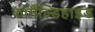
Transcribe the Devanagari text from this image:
फॉर्मैंल्डिहाइड